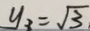
y _ { 3 } = \sqrt { 3 }